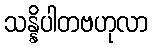
သန္နိပါတဗဟုလာ